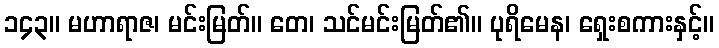
၁၄၃။ မဟာရာဇ၊ မင်းမြတ်။ တေ၊ သင်မင်းမြတ်၏။ ပုရိမေန၊ ရှေးစကားနှင့်။